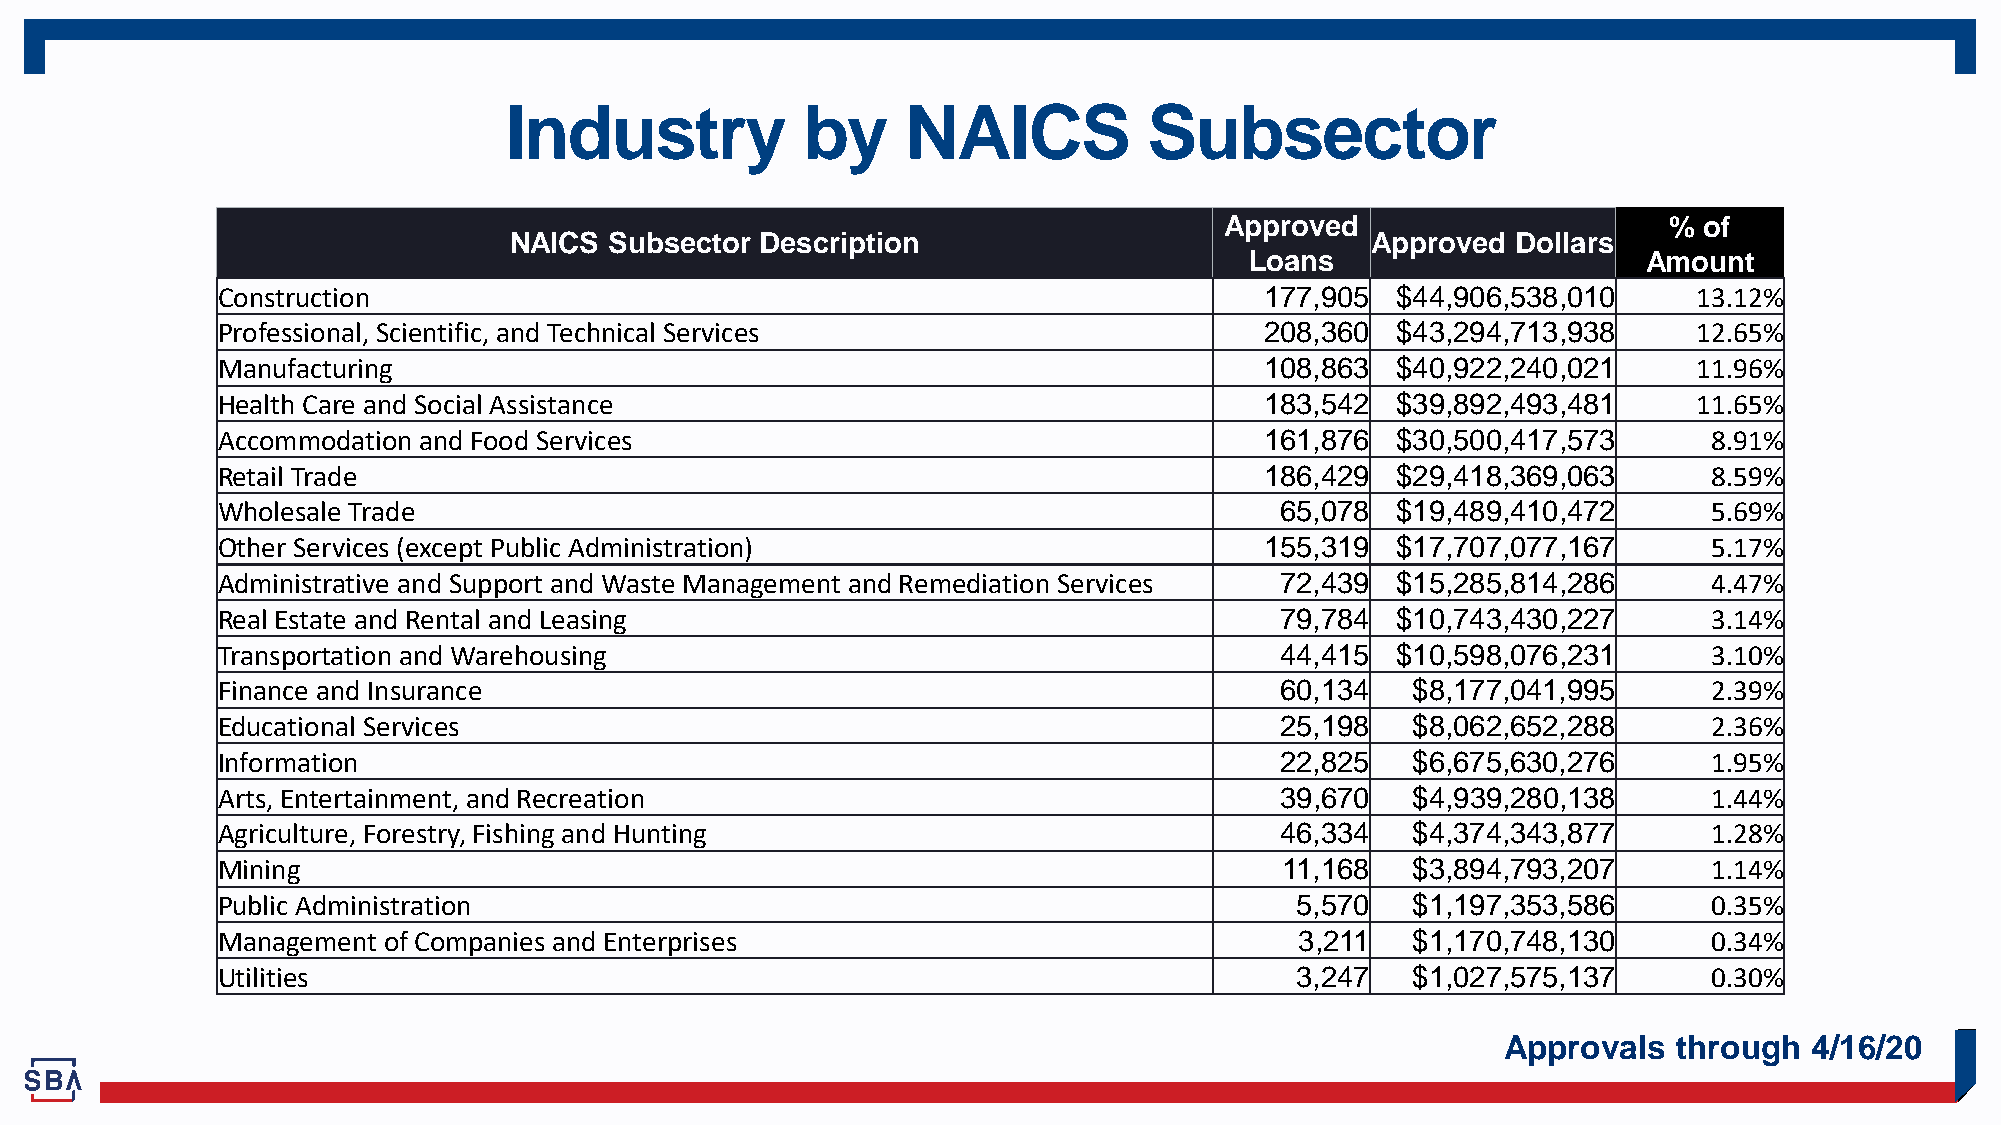
Industry            by     NAICS           Subsector
 Approved                     %  of
 NAICS Subsector Description                              Approved Dollars
 Loans                     Amount
 Construction                                                          177,905 $44,906,538,010     13.12%
 Professional, Scientific, and Technical Services                      208,360 $43,294,713,938     12.65%
 Manufacturing                                                         108,863 $40,922,240,021     11.96%
 Health Care and Social Assistance                                     183,542 $39,892,493,481     11.65%
 Accommodation and Food Services                                       161,876 $30,500,417,573      8.91%
 Retail Trade                                                          186,429 $29,418,369,063      8.59%
 Wholesale Trade                                                        65,078 $19,489,410,472      5.69%
 Other Services (except Public Administration)                         155,319 $17,707,077,167      5.17%
 Administrative and Support and Waste Management and Remediation Services 72,439 $15,285,814,286    4.47%
 Real Estate and Rental and Leasing                                     79,784 $10,743,430,227      3.14%
 Transportation and Warehousing                                         44,415 $10,598,076,231      3.10%
 Finance and Insurance                                                  60,134  $8,177,041,995      2.39%
 Educational Services                                                   25,198  $8,062,652,288      2.36%
 Information                                                            22,825  $6,675,630,276      1.95%
 Arts, Entertainment, and Recreation                                    39,670  $4,939,280,138      1.44%
 Agriculture, Forestry, Fishing and Hunting                             46,334  $4,374,343,877      1.28%
 Mining                                                                 11,168  $3,894,793,207      1.14%
 Public Administration                                                   5,570  $1,197,353,586      0.35%
 Management of Companies and Enterprises                                 3,211  $1,170,748,130      0.34%
 Utilities                                                               3,247  $1,027,575,137      0.30%
 Approvals  through  4/16/20